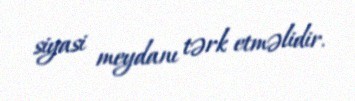
siyasi meydanı tərk etməlidir.